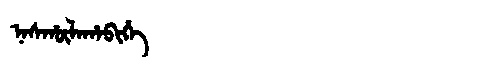
Manchu: ᠨᠠᠰᡥᡡᠯᠠᡥᠠᠪᡳᡥᡝ
Romanization: NASHŪLAHABIHE